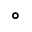
^ { \circ }